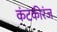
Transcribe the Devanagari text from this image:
कंटकीरंज